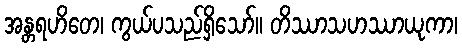
အန္တရဟိတေ၊ ကွယ်ပသည်ရှိသော်။ တိဿာသဟဿာယုကာ၊